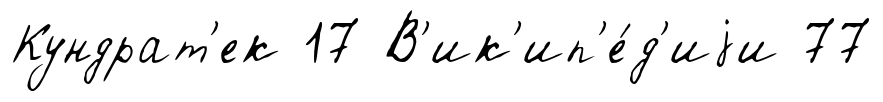
Кундрат'ек 17 В'ик'ип'е́д'иjи 77